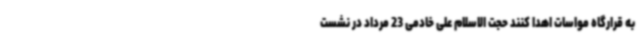
به قرارگاه مواسات اهدا کنند حجت الاسلام علی خادمی 23 مرداد در نشست